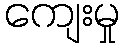
ကျေးမှု